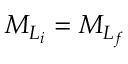
{ M } _ { { L } _ { i } } = { M } _ { { L } _ { f } }